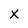
Character: X